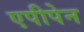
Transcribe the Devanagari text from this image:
एपीपेन